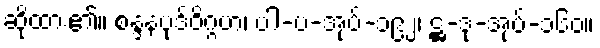
ဆိုထား၏။ စန္ဒနပုဒ်ဝိဂ္ဂဟ၊ ပါ-ပ-အုပ်-၁၉၂၊ ဋ္ဌ-ဒု-အုပ်-၁၆၀။